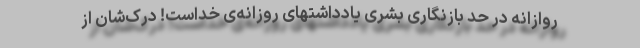
روازانه در حد بازنگاری بشری یادداشتهای روزانه‌ی خداست! درک‌شان از